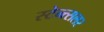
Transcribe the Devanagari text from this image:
स्टेन्त्सलर